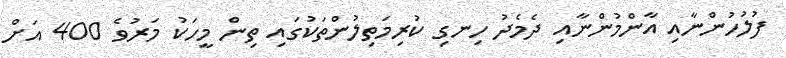
ފުލުހުންނާއި އާންމުންނާއި ދެމެދު ހިނގި ކުރިމަތިލުންތަކުގައި ތިން މީހަކު މަރުވެ 400 އަށް